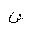
Letter: _shin